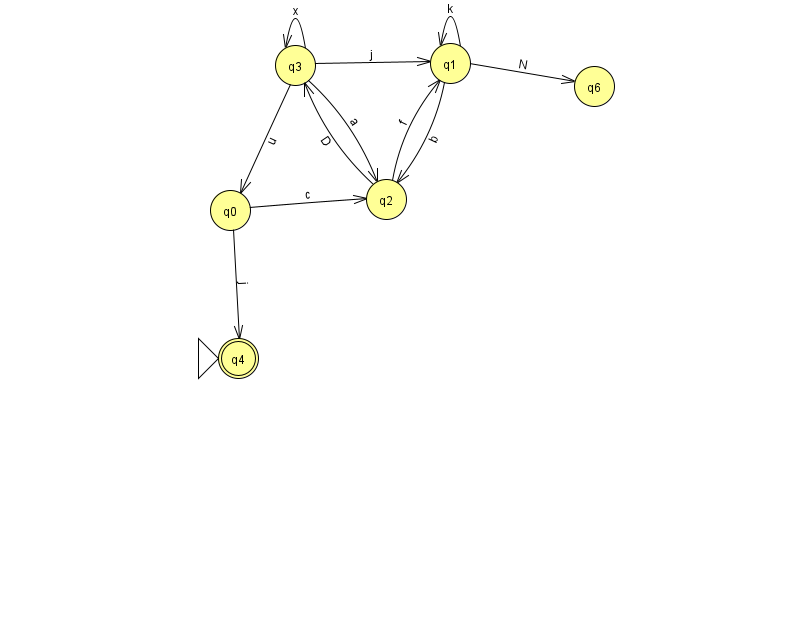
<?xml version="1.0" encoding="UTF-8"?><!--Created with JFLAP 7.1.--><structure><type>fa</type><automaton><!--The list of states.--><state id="0" name="q0"><x>230.0</x><y>197.0</y></state><state id="1" name="q1"><x>450.0</x><y>50.0</y></state><state id="2" name="q2"><x>386.0</x><y>186.0</y></state><state id="3" name="q3"><x>295.0</x><y>52.0</y></state><state id="4" name="q4"><x>238.0</x><y>345.0</y><initial/><final/></state><state id="6" name="q6"><x>594.0</x><y>73.0</y></state><!--The list of transitions.--><transition><from>3</from><to>0</to><read>u</read></transition><transition><from>3</from><to>2</to><read>a</read></transition><transition><from>3</from><to>1</to><read>j</read></transition><transition><from>2</from><to>3</to><read>D</read></transition><transition><from>0</from><to>2</to><read>c</read></transition><transition><from>3</from><to>3</to><read>x</read></transition><transition><from>1</from><to>2</to><read>b</read></transition><transition><from>1</from><to>6</to><read>N</read></transition><transition><from>1</from><to>1</to><read>k</read></transition><transition><from>0</from><to>4</to><read>j</read></transition><transition><from>2</from><to>1</to><read>f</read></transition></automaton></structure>